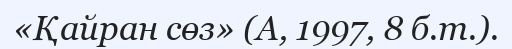
«Қайран сөз» (А, 1997, 8 б.т.).